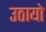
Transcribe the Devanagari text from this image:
उठायो